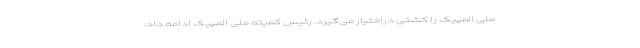
ملی المپیک را کشتی دراختیار می‌گیرد. رئیس کمیته ملی المپیک ادامه داد: